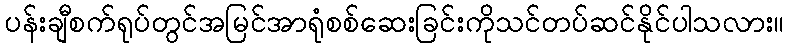
ပန်းချီစက်ရုပ်တွင်အမြင်အာရုံစစ်ဆေးခြင်းကိုသင်တပ်ဆင်နိုင်ပါသလား။